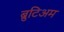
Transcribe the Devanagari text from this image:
ब्रुटिअम